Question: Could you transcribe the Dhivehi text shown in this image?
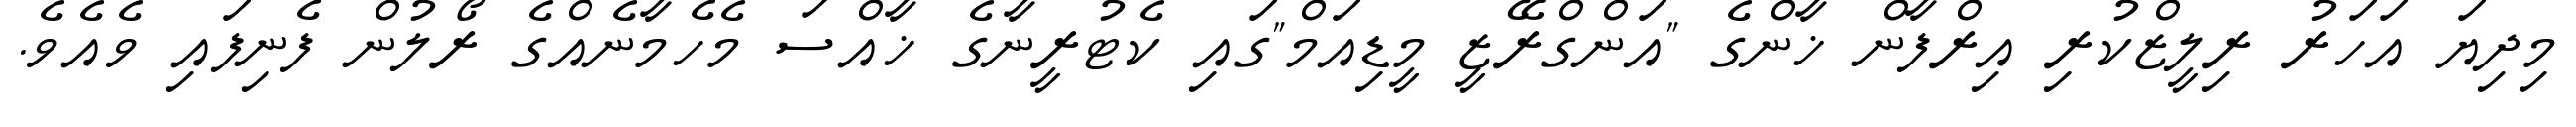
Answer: މިދިޔަ އަހަރު ރިލީޒްކުރި އިރްފާން ޚާންގެ "އަންގްރޭޒީ މީޑިއަމް"ގައި ކެޓުރީނާގެ ޚާއްސަ މެހެމާނެއްގެ ރޯލުން ފެނިފައި ވެއެވެ.